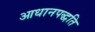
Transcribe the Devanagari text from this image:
आधानपद्धति